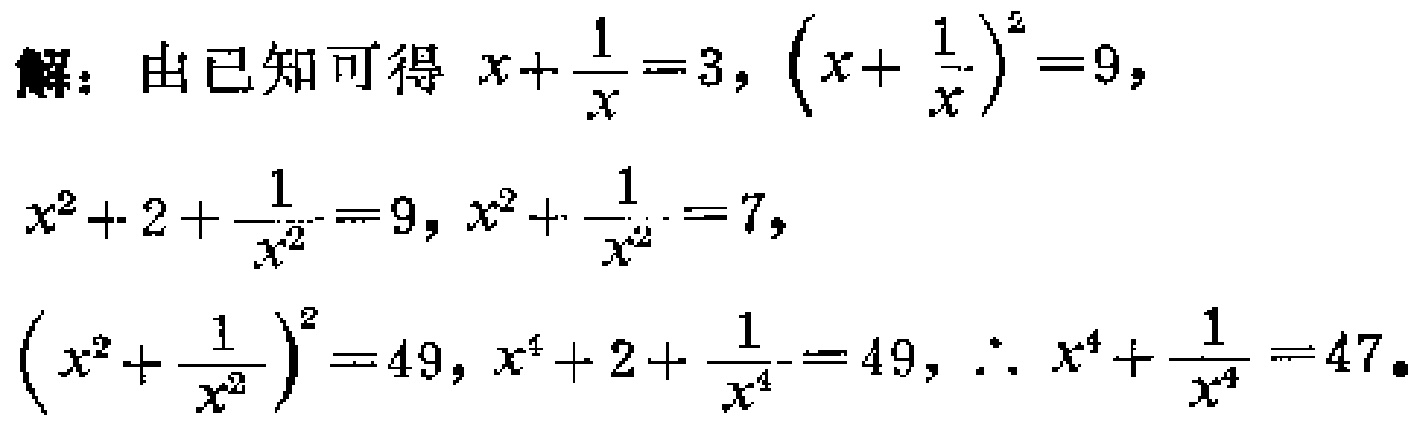
解：由已知可得 \(x+\frac{1}{x}=3\)，\(\left(x+\frac{1}{x}\right)^{2}=9\)，

\(x^{2}+2+\frac{1}{x^{2}}=9\)，\(x^{2}+\frac{1}{x^{2}}=7\)，

\(\left(x^{2}+\frac{1}{x^{2}}\right)^{2}=49\)，\(x^{4}+2+\frac{1}{x^{4}}=49\)，\(\therefore x^{4}+\frac{1}{x^{4}}=47\)。